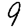
Digit: 9